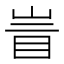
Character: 𰥙